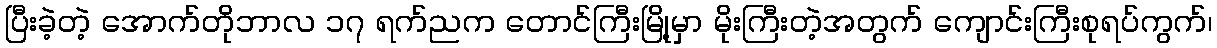
ပြီးခဲ့တဲ့ အောက်တိုဘာလ ၁၇ ရက်ညက တောင်ကြီးမြို့မှာ မိုးကြီးတဲ့အတွက် ကျောင်းကြီးစုရပ်ကွက်၊